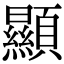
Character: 顯